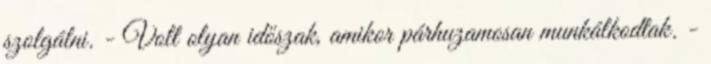
szolgálni. - Volt olyan időszak, amikor párhuzamosan munkálkodtak. -